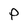
Character: P